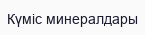
Күміс минералдары